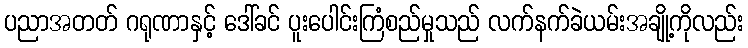
ပညာအတတ် ဂရုဏာနှင့် ဒေါ်ခင် ပူးပေါင်းကြံစည်မှုသည် လက်နက်ခဲယမ်းအချို့ကိုလည်း